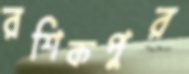
রশিকপুর